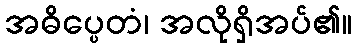
အဓိပ္ပေတံ၊ အလိုရှိအပ်၏။